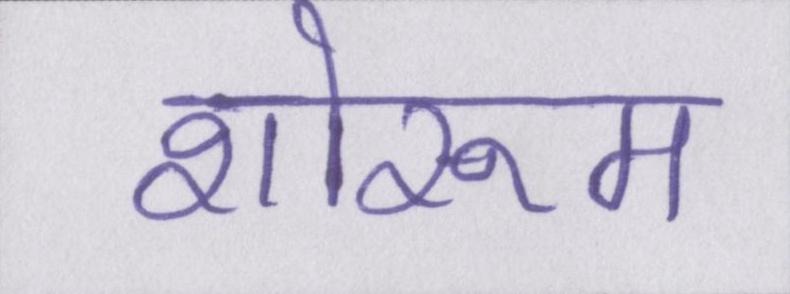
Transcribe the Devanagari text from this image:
शोरूम